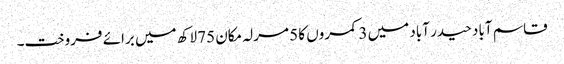
قاسم آباد حیدر آباد میں 3 کمروں کا 5 مرلہ مکان 75 لاکھ میں برائے فروخت۔